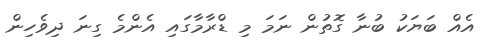
އެއް ބަޔަކު ބުނާ ގޮތުން ނަމަ މި ޑްރާމާގައި އެންމެ ގިނަ ދިވެހިން